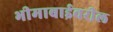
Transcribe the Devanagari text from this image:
भीमाबाईवरील